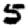
Digit: 5